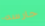
حارسه